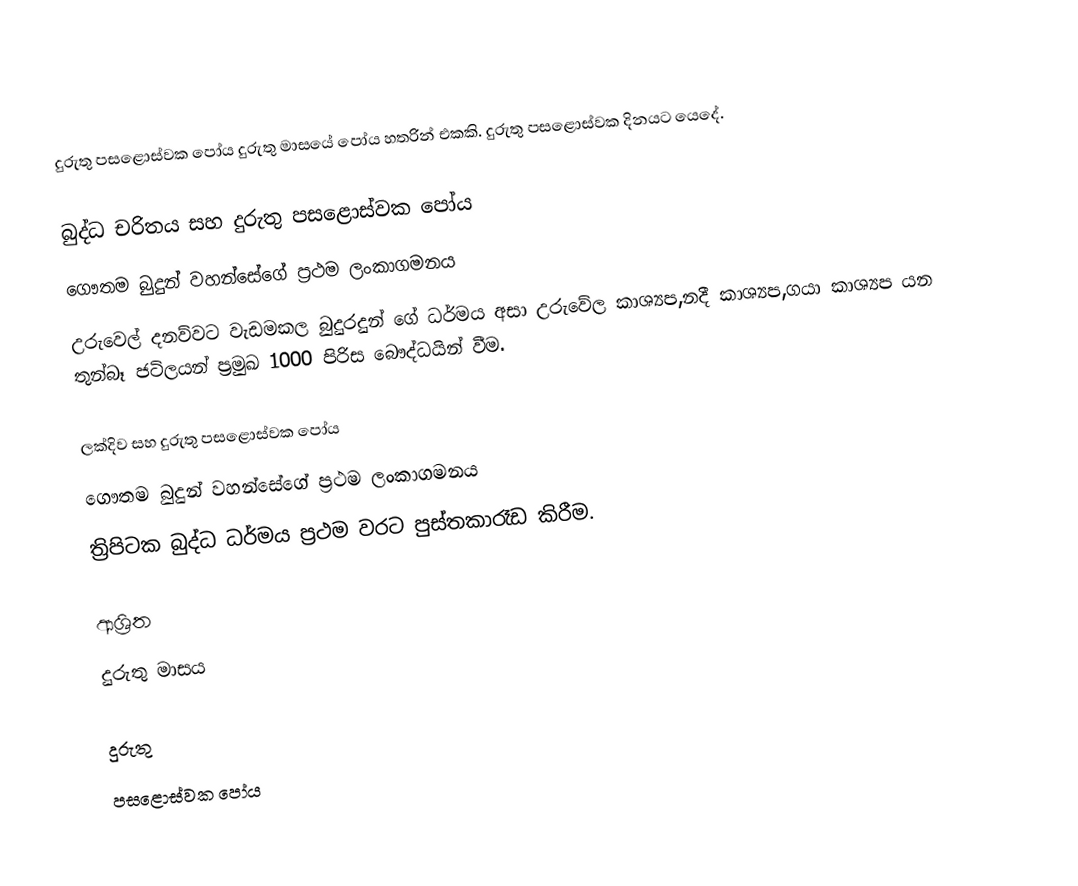
දුරුතු පසළොස්වක පෝය දුරුතු මාසයේ පෝය හතරින් එකකි. දුරුතු පසළොස්වක දිනයට යෙදේ.

බුද්ධ චරිතය සහ දුරුතු පසළොස්වක පෝය
 ගෞතම බුදුන් වහන්සේගේ ප්‍රථම ලංකාගමනය
 උරුවෙල් දනව්වට වැඩමකල බුදුරදුන් ගේ ධර්මය අසා උරුවේල කාශ්‍යප,නදී කාශ්‍යප,ගයා කාශ්‍යප යන තුන්බෑ ජටිලයන් ප්‍රමුඛ 1000 පිරිස බෞද්ධයින් වීම.

ලක්දිව සහ දුරුතු පසළොස්වක පෝය
 ගෞතම බුදුන් වහන්සේගේ ප්‍රථම ලංකාගමනය
 ත්‍රිපිටක බුද්ධ ධර්මය ප්‍රථම වරට පුස්තකාරෑඩ කිරීම.

ආශ්‍රිත
 දුරුතු මාසය

දුරුතු
පසළොස්වක පෝය